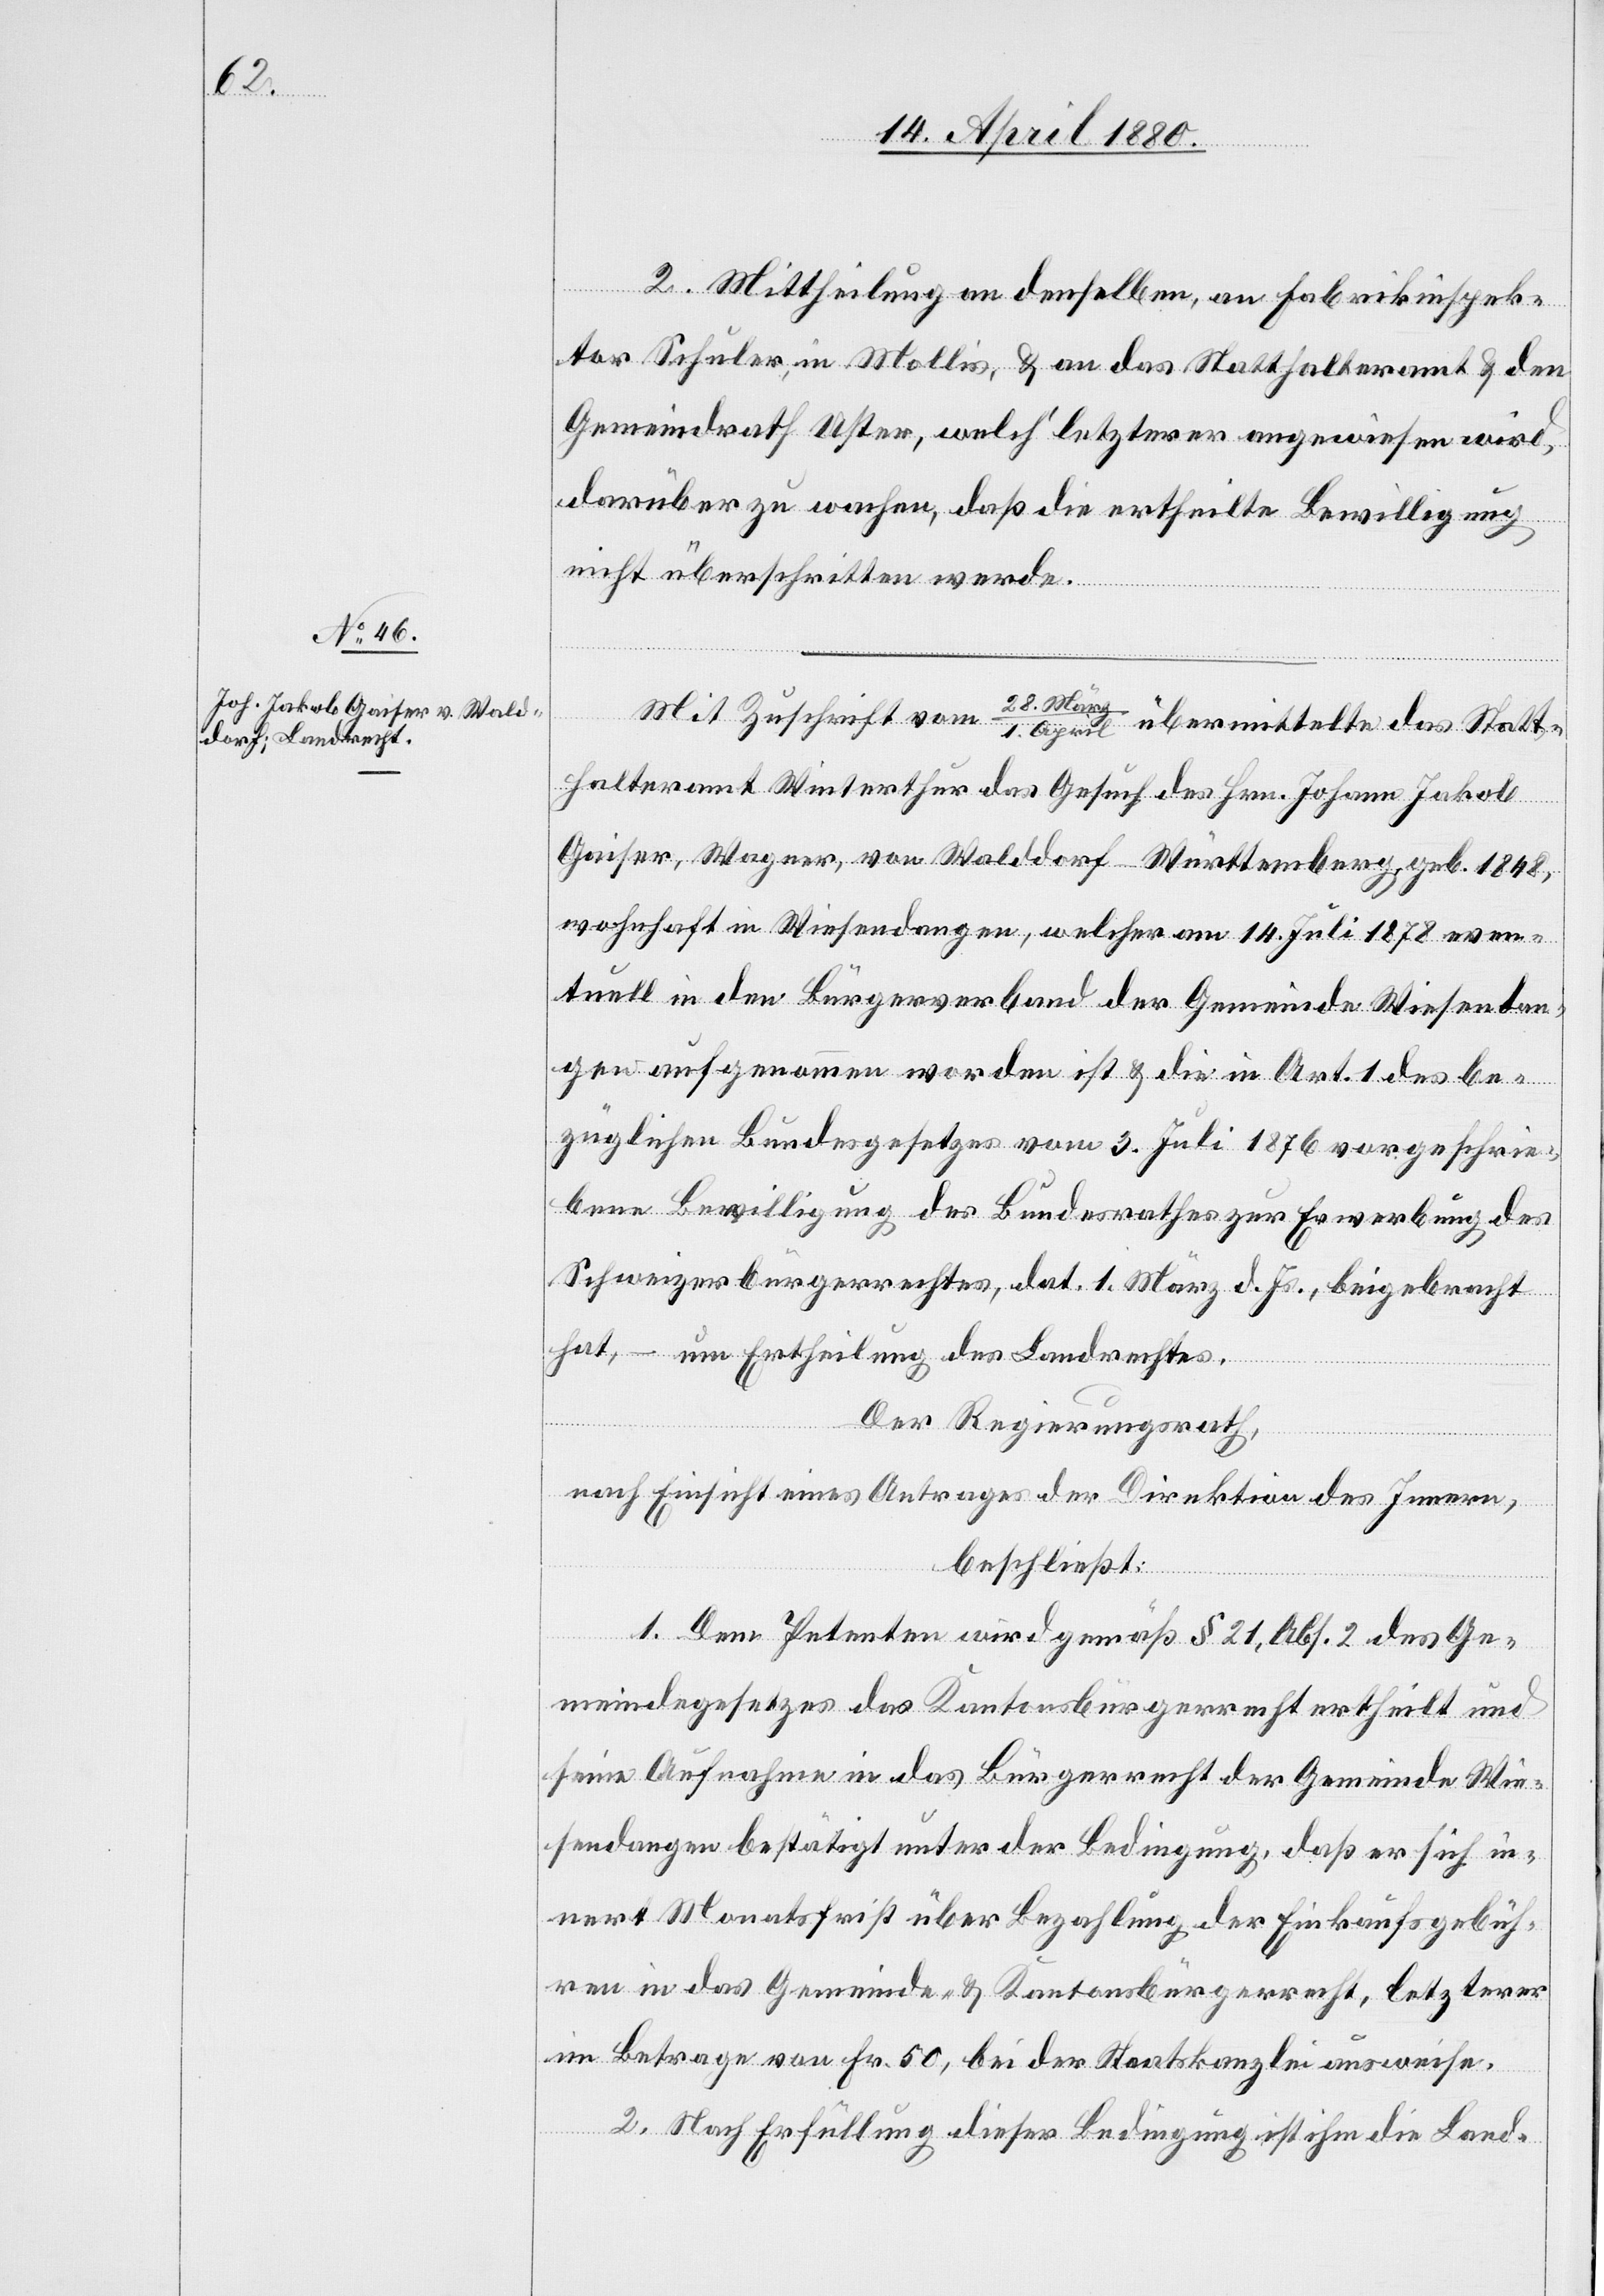
2. Mittheilung an denselben, an Fabrikinspek¬
tor Schuler in Mollis & an das Statthalteramt & den
Gemeindrath Uster, welch‘ letzterer angewiesen wird,
darüber zu wachen, daß die ertheilte Bewilligung
nicht überschritten werde.
Mit Zuschrift vom 28. März/1. April übermittelte das Statt¬
halteramt Winterthur das Gesuch des Hrn. Johann Jakob
Gaiser, Wagner, von Walddorf - Württemberg, geb. 1848,
wohnhaft in Wiesendangen, welcher am 14. Juli 1878 even¬
tuell in den Bürgerverband der Gemeinde Wiesendan¬
gen aufgenommen worden ist & die in Art. 1 des be¬
züglichen Bundesgesetzes vom 3. Juli 1876 vorgeschrie¬
bene Bewilligung des Bundesrathes zur Erwerbung des
Schweizerbürgerrechtes, dat. 1. März d. Js., beigebracht
hat, – um Ertheilung des Landrechtes.
Der Regierungsrath,
nach Einsicht eines Antrages der Direktion des Innern,
beschließt:
1. Dem Petenten wird gemäß § 21, Abs. 2 des Ge¬
meindegesetzes das Kantonsbürgerrecht ertheilt und
seine Aufnahme in das Bürgerrecht der Gemeinde Wie¬
sendangen bestätigt unter der Bedingung, daß er sich in¬
nert Monatsfrist über Bezahlung der Einkaufsgebüh¬
ren in das Gemeinde- & Kantonsbürgerrecht, letzterer
im Betrage von Fr. 50, bei der Staatskanzlei ausweise.
2. Nach Erfüllung dieser Bedingung ist ihm die Land-